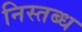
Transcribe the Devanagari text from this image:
निस्तब्ध